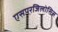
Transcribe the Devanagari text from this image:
एसपरजिलोसिस